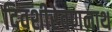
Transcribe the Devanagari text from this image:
दिवशीरेवणनाथ